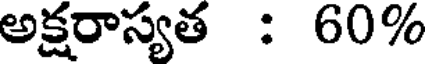
అక్షరాస్యత : 60%